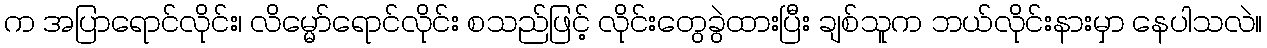
က အပြာရောင်လိုင်း၊ လိမ္မော်ရောင်လိုင်း စသည်ဖြင့် လိုင်းတွေခွဲထားပြီး ချစ်သူက ဘယ်လိုင်းနားမှာ နေပါသလဲ။